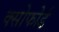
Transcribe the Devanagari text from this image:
क्सोफोर्ड